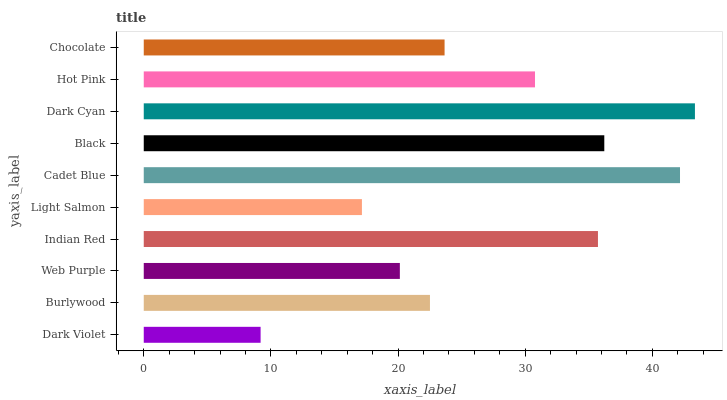
| yaxis_label | bars |
 | --- | --- |
 | Dark Violet | 9.19 |
 | Burlywood | 22.5 |
 | Web Purple | 20.1 |
 | Indian Red | 35.7 |
 | Light Salmon | 17.2 |
 | Cadet Blue | 42.2 |
 | Black | 36.2 |
 | Dark Cyan | 43.4 |
 | Hot Pink | 30.8 |
 | Chocolate | 23.7 |